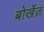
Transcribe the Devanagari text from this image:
बोर्खेज़